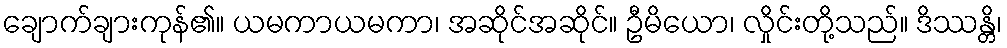
ချောက်ချားကုန်၏။ ယမကာယမကာ၊ အဆိုင်အဆိုင်။ ဦမိယော၊ လှိုင်းတို့သည်။ ဒိဿန္တိ၊